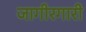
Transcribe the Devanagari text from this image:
जागीरगारी